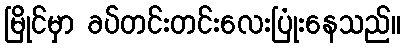
မြိုင်မှာ ခပ်တင်းတင်းလေးပြုံးနေသည်။